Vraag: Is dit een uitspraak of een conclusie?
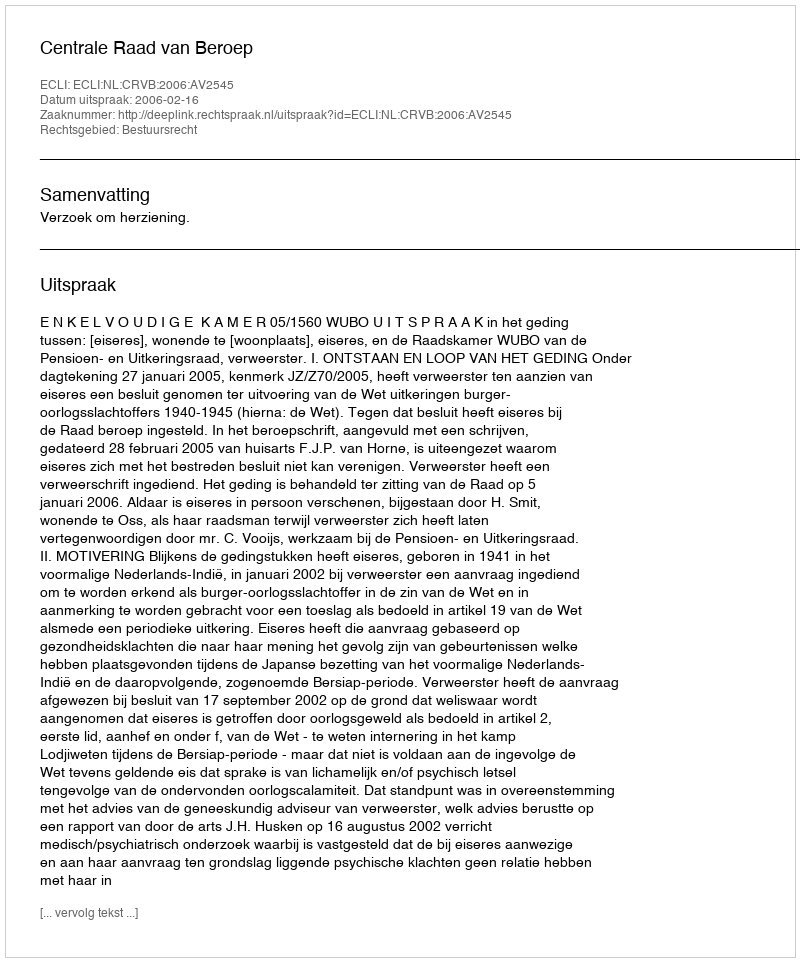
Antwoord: Uitspraak